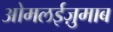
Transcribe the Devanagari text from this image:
ओमलईज़ुमाब